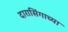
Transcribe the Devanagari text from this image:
दारासिंगाच्या